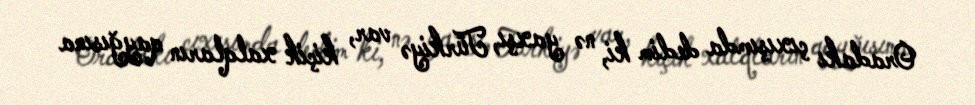
Oradakı çıxışımda dedim ki, nə yaxşı, Türkiyə var, kiçik xalqların qayğısına